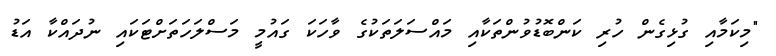
"މިކަމާއި ގުޅިގެން ހުރި ކަންބޮޑުވުންތަކާއި މައްސަލަތަކުގެ ވާހަކަ ގައުމީ މަސްލަހަތަށްޓަކައި ނުދައްކާ އަަޑު